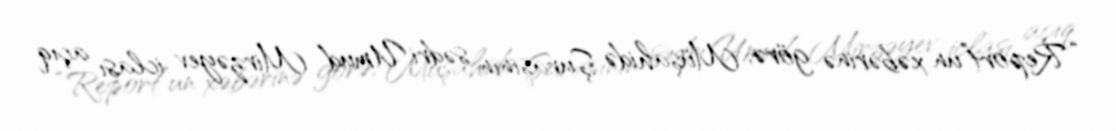
“Report”un xəbərinə görə, Müşahidə Şurasının sədri Umud Mirzəyev iclası açıq